Report on vaccination in the Province of Bengal - 1874-1889
Year: 1874
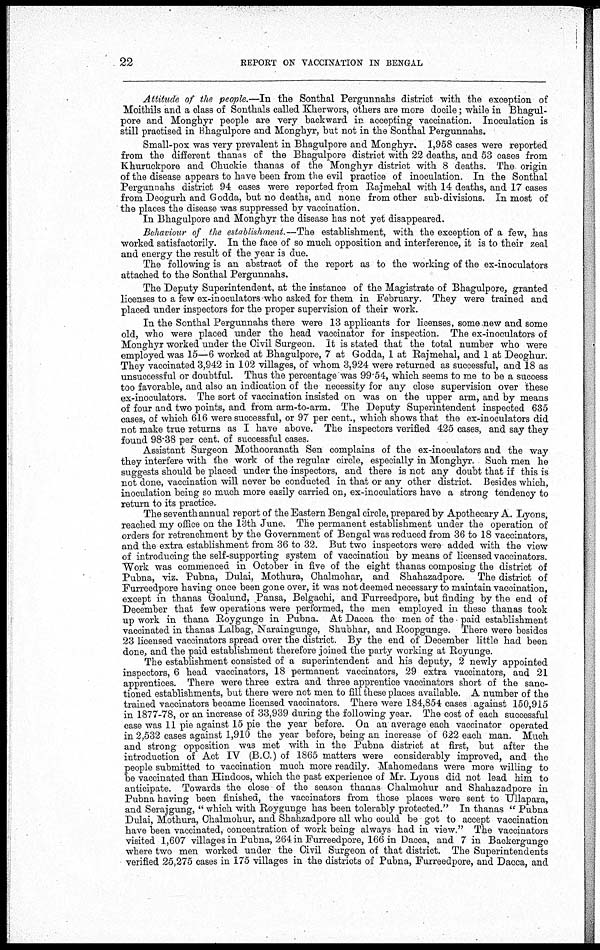
22
REPORT ON VACCINATION IN BENGAL
Attitude of the people.—In the Sonthal Pergunnahs district with the exception of
Moithils and a class of Sonthals called Kherwors, others are more docile; while in Bhagul-
pore and Monghyr people are very backward in accepting vaccination. Inoculation is
still practised in Bhagulpore and Monghyr, but not in the Sonthal Pergunnahs.
Small-pox was very prevalent in Bhagulpore and Monghyr. 1,958 cases were reported
from the different thanas of the Bhagulpore district with 22 deaths, and 53 cases from
Khuruckpore and Chuckie thanas of the Monghyr district with 8 deaths. The origin
of the disease appears to have been from the evil practice of inoculation. In the Sonthal
Pergunnahs district 94 cases were reported from Rajmehal with 14 deaths, and 17 cases
from Deogurh and Godda, but no deaths, and none from other sub- divisions. In most of
the places the disease was suppressed by vaccination.
In Bhagulpore and Monghyr the disease has not yet disappeared.
Behaviour of the establishment.—The establishment, with the exception of a few, has
worked satisfactorily. In the face of so much opposition and interference, it is to their zeal
and energy the result of the year is due.
The following is an abstract of the report as to the working of the ex-inoculators
attached to the Sonthal Pergunnahs.
The Deputy Superintendent, at the instance of the Magistrate of Bhagulpore, granted
licenses to a few ex-inoculators who asked for them in February. They were trained and
placed under inspectors for the proper supervision of their work.
In the Sonthal Pergunnahs there were 13 applicants for licenses, some new and some
old, who were placed under the head vaccinator for inspection. The ex-inoculators of
Monghyr worked under the Civil Surgeon. It is stated that the total number who were
employed was 15—6 worked at Bhagulpore, 7 at Godda, 1 at Rajmehal, and 1 at Deoghur.
They vaccinated 3,942 in 102 villages, of whom 3,924 were returned as successful, and 18 as
unsuccessful or doubtful. Thus the percentage was 99.54, which seems to me to be a success
too favorable, and also an indication of the necessity for any close supervision over these
ex-inoculators. The sort of vaccination insisted on was on the upper arm, and by means
of four and two points, and from arm-to-arm. The Deputy Superintendent inspected 635
cases, of which 616 were successful, or 97 per cent., which shows that the ex-inoculators did
not make true returns as I have above. The inspectors verified 425 cases, and say they
found 98.38 per cent. of successful cases.
Assistant Surgeon Mothooranath Sen complains of the ex-inoculators and the way
they interfere with the work of the regular circle, especially in Monghyr. Such men he
suggests should be placed under the inspectors, and there is not any doubt that if this is
not done, vaccination will never be conducted in that or any other district. Besides which,
inoculation being so much more easily carried on, ex-inoculatiors have a strong tendency to
return to its practice.
The seventh annual report of the Eastern Bengal circle, prepared by Apothecary A. Lyons,
reached my office on the 13th June. The permanent establishment under the operation of
orders for retrenchment by the Government of Bengal was reduced from 36 to 18 vaccinators,
and the extra establishment from 36 to 32. But two inspectors were added with the view
of introducing the self-supporting system of vaccination by means of licensed vaccinators.
Work was commenced in October in five of the eight thanas composing the district of
Pubna, viz. Pubna, Dulai, Mothura, Chalmohar, and Shahazadpore. The district of
Furreedpore having once been gone over, it was not deemed necessary to maintain vaccination,
except in thanas Goalund, Pansa, Belgachi, and Furreedpore, but finding by the end of
December that few operations were performed, the men employed in these thanas took
up work in thana Roygunge in Pubna. At Dacca the men of the paid establishment
vaccinated in thanas Lalbag, Naraingunge, Shubhar, and Roopgunge. There were besides
23 licensed vaccinators spread over the district. By the end of December little had been
done, and the paid establishment therefore joined the party working at Royunge.
The establishment consisted of a superintendent and his deputy, 2 newly appointed
inspectors, 6 head vaccinators, 18 permanent vaccinators, 29 extra vaccinators, and 21
apprentices. There were three extra and three apprentice vaccinators short of the sanc-
tioned establishments, but there were not men to fill these places available. A number of the
trained vaccinators became licensed vaccinators. There were 184,854 cases against 150,915
in 1877-78, or an increase of 33,939 during the following year. The cost of each successful
case was 11 pie against 15 pie the year before. On an average each vaccinator operated
in 2,532 cases against 1,910 the year before, being an increase of 622 each man. Much
and strong opposition was met with in the Pubna district at first, but after the
introduction of Act IV (B.C.) of 1865 matters were considerably improved, and the
people submitted to vaccination much more readily. Mahomedans were more willing to
be vaccinated than Hindoos, which the past experience of Mr. Lyons did not lead him to
anticipate. Towards the close of the season thanas Chalmohur and Shahazadpore in
Pubna having been finished, the vaccinators from those places were sent to Ullapara,
and Serajgung, " which with Roygunge has been tolerably protected." In thanas " Pubna
Dulai, Mothura, Chalmohur, and Shahzadpore all who could be got to accept vaccination
have been vaccinated, concentration of work being always had in view." The vaccinators
visited 1,607 villages in Pubna, 264 in Furreedpore, 166 in Dacca, and 7 in Backergunge
where two men worked under the Civil Surgeon of that district. The Superintendents
verified 25,275 cases in 175 villages in the districts of Pubna, Furreedpore, and Dacca, and